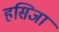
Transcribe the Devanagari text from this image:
हसिजा